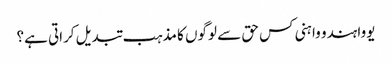
یووا ہندو واہنی کس حق سے لوگوں کا مذہب تبدیل کراتی ہے؟